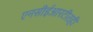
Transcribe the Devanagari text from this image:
एनसीईआरटीतही